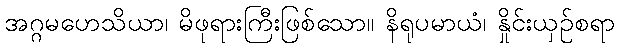
အဂ္ဂမဟေသိယာ၊ မိဖုရားကြီးဖြစ်သော။ နိရုပမာယံ၊ နှိုင်းယှဉ်စရာ